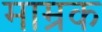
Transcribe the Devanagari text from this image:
माम्रक